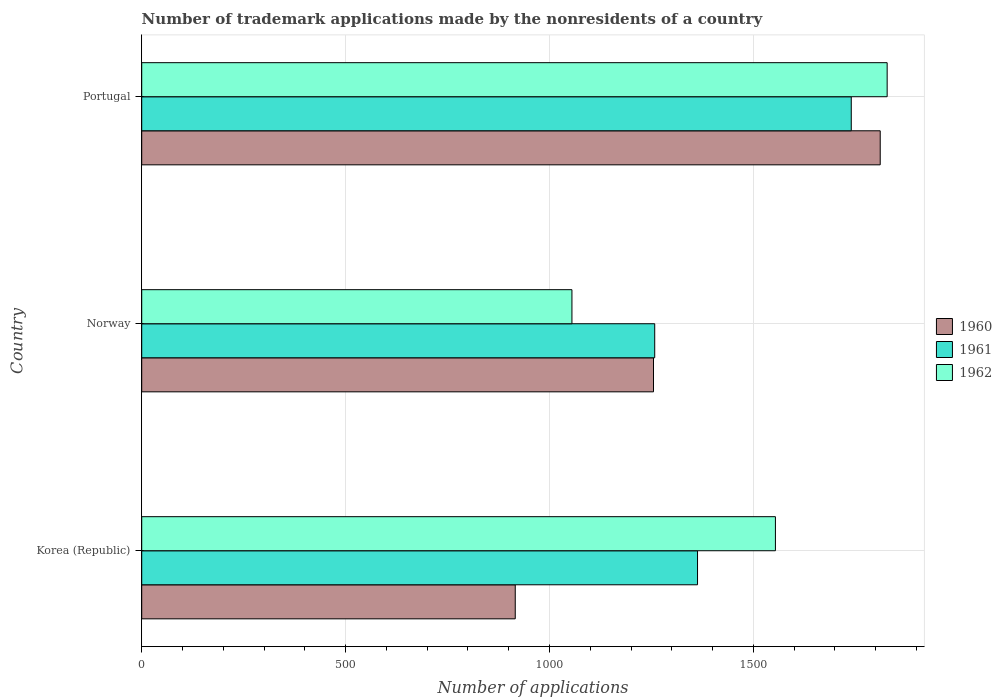
| Country | 1960 | 1961 | 1962 |
 | --- | --- | --- | --- |
 | Korea (Republic) | 916 | 1.36e+03 | 1.55e+03 |
 | Norway | 1.26e+03 | 1.26e+03 | 1.06e+03 |
 | Portugal | 1.81e+03 | 1.74e+03 | 1.83e+03 |